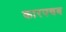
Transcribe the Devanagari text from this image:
कारपचव